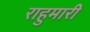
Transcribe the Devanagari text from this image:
राहुमारी